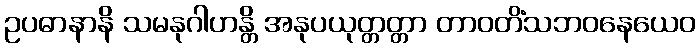
ဥပဓာနာနိ သမနုဂါဟန္တိ အနုပယုတ္တတ္တာ တာဝတိံသဘဝနေယေဝ